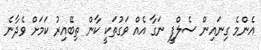
އެންމެ ގިނައިން ސެލްފީ ނަގާ އެއް ވަގުތަކީ ކާން ތިބޭއިރު ކަމަށް ވެދާނެ